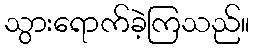
သွားရောက်ခဲ့ကြသည်။